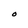
Character: O